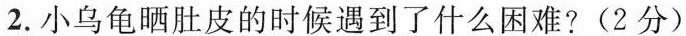
2.小乌龟晒肚皮的时候遇到了什么困难?(2分)